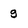
Character: g